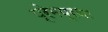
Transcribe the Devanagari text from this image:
प्रेमप्रथा